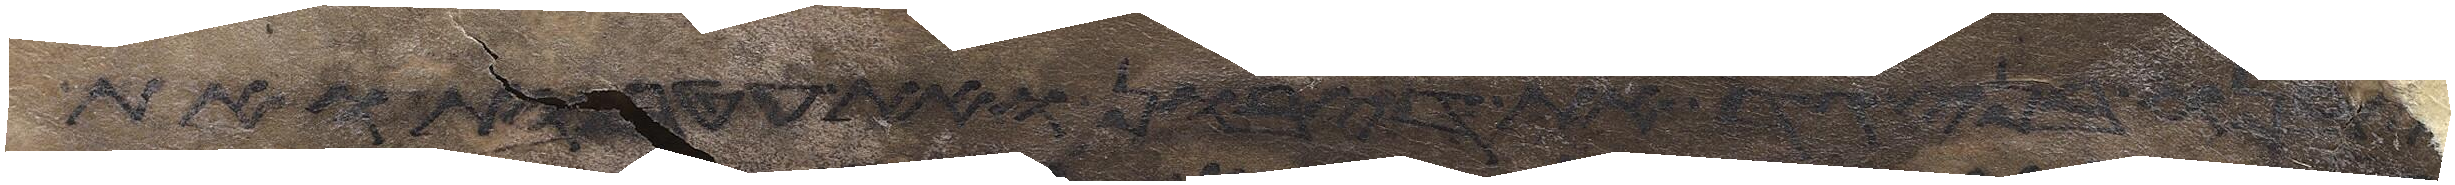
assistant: והביא האיש את אשתו אל